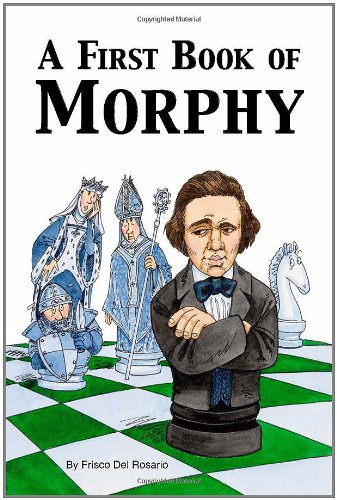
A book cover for A First Book of Morphy; Frisco Del Rosario; Humor & Entertainment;